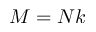
M = N k